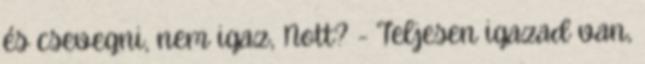
és csevegni, nem igaz, Nott? - Teljesen igazad van,